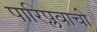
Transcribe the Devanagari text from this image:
पारिप्लवाची